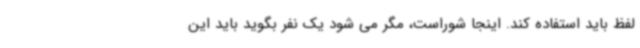
لفظ باید استفاده کند. اینجا شوراست، مگر می شود یک نفر بگوید باید این